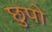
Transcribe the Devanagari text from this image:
छुपो